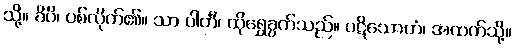
သို့။ ခိပိ၊ ပစ်လိုက်၏။ သာ ပါတီ၊ ထိုရွှေခွက်သည်။ ပဋိသောတံ၊ အထက်သို့။